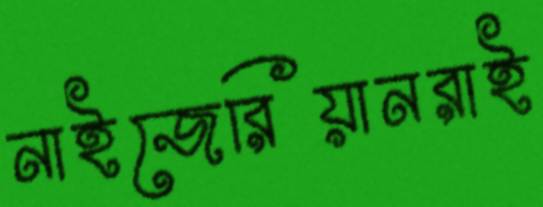
নাইজেরিয়ানরাই